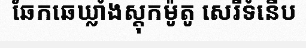
ឆែកឆេឃ្លាំងស្តុកម៉ូតូ សេរីទំនើប